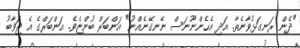
"ދެން ރަނގަޅުވާނެތާ. އަދި އެހެންނޫނަސް ނޭނގޭނެއްނު" އަންބަރް ބުންޏެެވެ. އަންބަރްގެ އެ ޖަވާބު